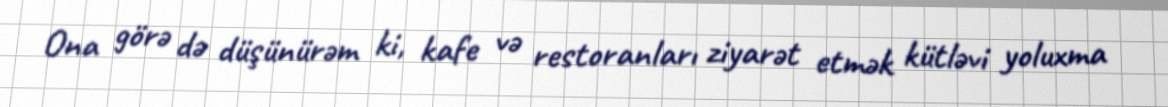
Ona görə də düşünürəm ki, kafe və restoranları ziyarət etmək kütləvi yoluxma